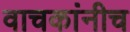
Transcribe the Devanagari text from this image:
वाचकांनीच